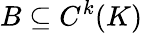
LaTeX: B\subseteq C^{k}(K)